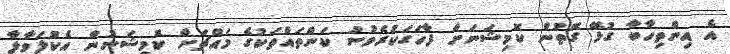
އެ އިންތިހާބާ ގުޅޭ ގޮތުން ކޮމިޝަނަށް ފާހަގަކުރެވުނު ކަންތައްތަކުގެ މައްޗަށް ކޮމިޝަނުން އެކުލަވާލާ